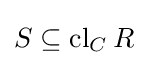
S\subseteq \operatorname {cl} _{C}R